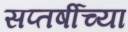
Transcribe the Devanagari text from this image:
सप्तर्षीच्या